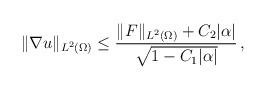
LaTeX: \begin{align*}\| \nabla u \|_{L^2 (\Omega)} \leq \frac{\| F\|_{L^2 (\Omega)} + C_2 |\alpha |}{\sqrt{1-C_1|\alpha|}} \,, \end{align*}